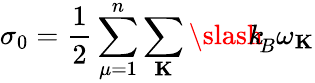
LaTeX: \sigma_{0}=\frac{1}{2}\sum_{\mu=1}^{n}\sum_{\mathbf K}{\slash\! \! \! k}_{\! {B}}\omega_{\mathbf K}